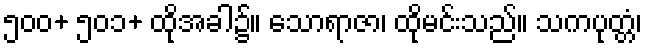
၅၀၀+ ၅၀၁+ ထိုအခါ၌။ သောရာဇာ၊ ထိုမင်းသည်။ သကပုတ္တံ၊